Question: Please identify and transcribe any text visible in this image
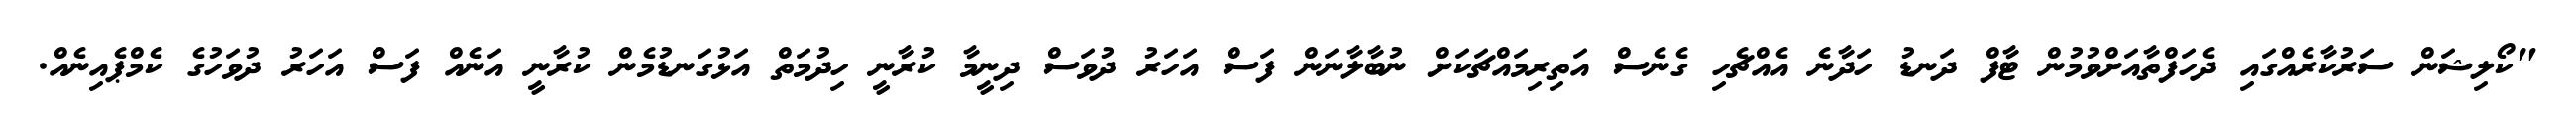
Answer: "ކޯލިޝަން ސަރުކާރެއްގައި ދެހަފްތާއަށްވުމުން ޓާފް ދަނޑު ހަދާނެ އެއްޗެހި ގެނެސް އަތިރިމައްޗަކަށް ނުބާލާނަން ފަސް އަހަރު ދުވަސް ދިނީމާ ކުރާނީ ހިދުމަތް އަޅުގަނޑުމެން ކުރާނީ އަނެއް ފަސް އަހަރު ދުވަހުގެ ކެމްޕެއިނެއް.